Civil Veterinary Dept. Assam report 1927-50 - 1927-1950
Year: 1927
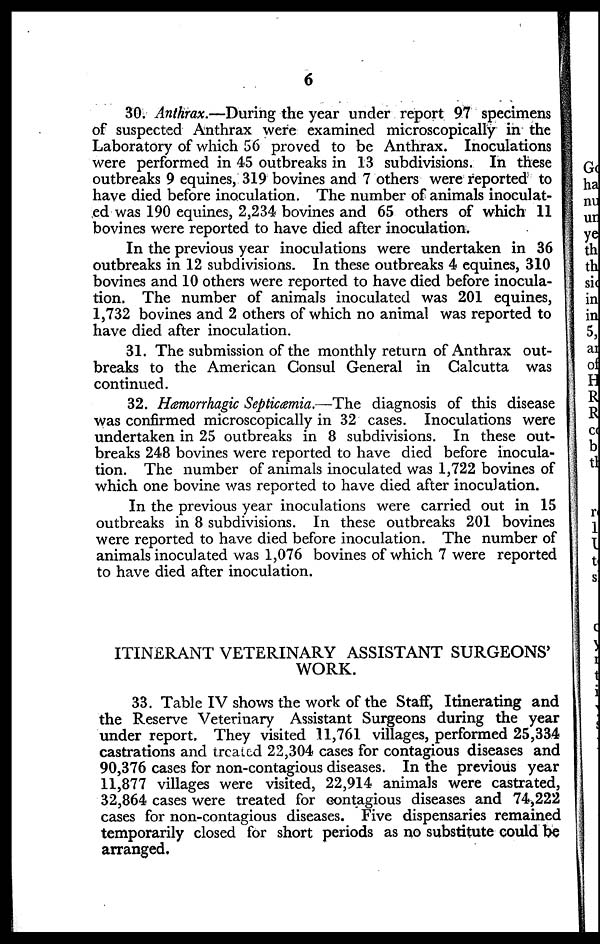
6
30. Anthrax.—During the year under report 97 specimens
of suspected Anthrax were examined microscopically in the
Laboratory of which 56 proved to be Anthrax. Inoculations
were performed in 45 outbreaks in 13 subdivisions. In these
outbreaks 9 equines, 319 bovines and 7 others were reported to
have died before inoculation. The number of animals inoculat-
ed was 190 equines, 2,234 bovines and 65 others of which 11
bovines were reported to have died after inoculation.
In the previous year inoculations were undertaken in 36
outbreaks in 12 subdivisions. In these outbreaks 4 equines, 310
bovines and 10 others were reported to have died before inocula-
tion. The number of animals inoculated was 201 equines,
1,732 bovines and 2 others of which no animal was reported to
have died after inoculation.
31. The submission of the monthly return of Anthrax out-
breaks to the American Consul General in Calcutta was
continued.
32. Hæmorrhagic Septicæmia.—The diagnosis of this disease
was confirmed microscopically in 32 cases. Inoculations were
undertaken in 25 outbreaks in 8 subdivisions. In these out-
breaks 248 bovines were reported to have died before inocula-
tion. The number of animals inoculated was 1,722 bovines of
which one bovine was reported to have died after inoculation.
In the previous year inoculations were carried out in 15
outbreaks in 8 subdivisions. In these outbreaks 201 bovines
were reported to have died before inoculation. The number of
animals inoculated was 1,076 bovines of which 7 were reported
to have died after inoculation.
ITINERANT VETERINARY ASSISTANT SURGEONS'
WORK.
33. Table IV shows the work of the Staff, Itinerating and
the Reserve Veterinary Assistant Surgeons during the year
under report. They visited 11,761 villages, performed 25,334
castrations and treated 22,304 cases for contagious diseases and
90,376 cases for non-contagious diseases. In the previous year
11,877 villages were visited, 22,914 animals were castrated,
32,864 cases were treated for contagious diseases and 74,222
cases for non-contagious diseases. Five dispensaries remained
temporarily closed for short periods as no substitute could be
arranged.